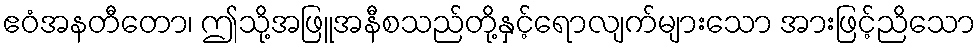
ဧဝံအနတီတော၊ ဤသို့အဖြူအနီစသည်တို့နှင့်ရောလျက်များသော အားဖြင့်ညိသော